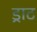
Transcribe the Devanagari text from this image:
ड्राट